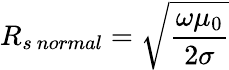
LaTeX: R_{s\ normal}={\sqrt{\frac{\omega\mu_{0}}{2\sigma}}}